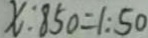
X : 8 5 0 = 1 : 5 0